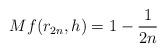
LaTeX: \begin{align*}Mf(r_{2n},h)=1-\frac{1}{2n}\end{align*}